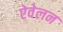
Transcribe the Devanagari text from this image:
ऐवेलन